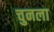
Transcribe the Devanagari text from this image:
चुनला